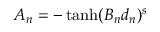
A _ { n } = - \operatorname { t a n h } ( B _ { n } d _ { n } ) ^ { s }